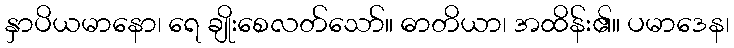
နှာပိယမာနော၊ ရေ ချိုးစေလတ်သော်။ ဓာတိယာ၊ အထိန်း၏။ ပမာဒေန၊